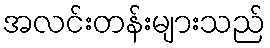
အလင်းတန်းများသည်